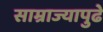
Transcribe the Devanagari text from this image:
साम्राज्यापुढे